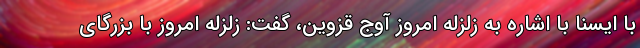
با ایسنا با اشاره به زلزله امروز آوج قزوین، گفت: زلزله امروز با بزرگای